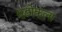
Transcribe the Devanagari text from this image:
सुडोकूला